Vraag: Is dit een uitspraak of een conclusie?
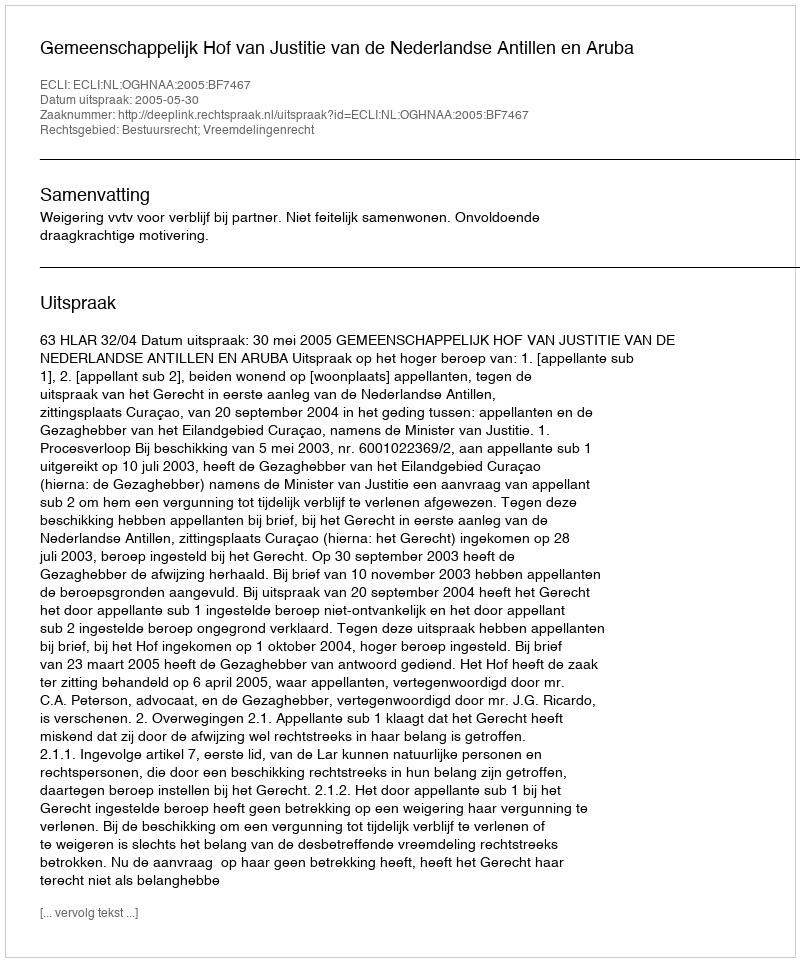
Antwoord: Uitspraak